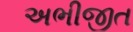
અભીજીત